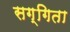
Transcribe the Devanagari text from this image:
सग्गिता